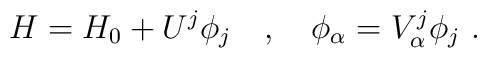
H=H_0+U^j\phi_j\ \ \ ,\ \ \ \phi_\alpha=V^j_\alpha\phi_j\ .